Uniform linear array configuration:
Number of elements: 4
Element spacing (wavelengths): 0.5
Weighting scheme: kaiser
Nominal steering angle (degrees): -45
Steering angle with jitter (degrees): -45.679
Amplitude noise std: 0.05
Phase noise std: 0.05

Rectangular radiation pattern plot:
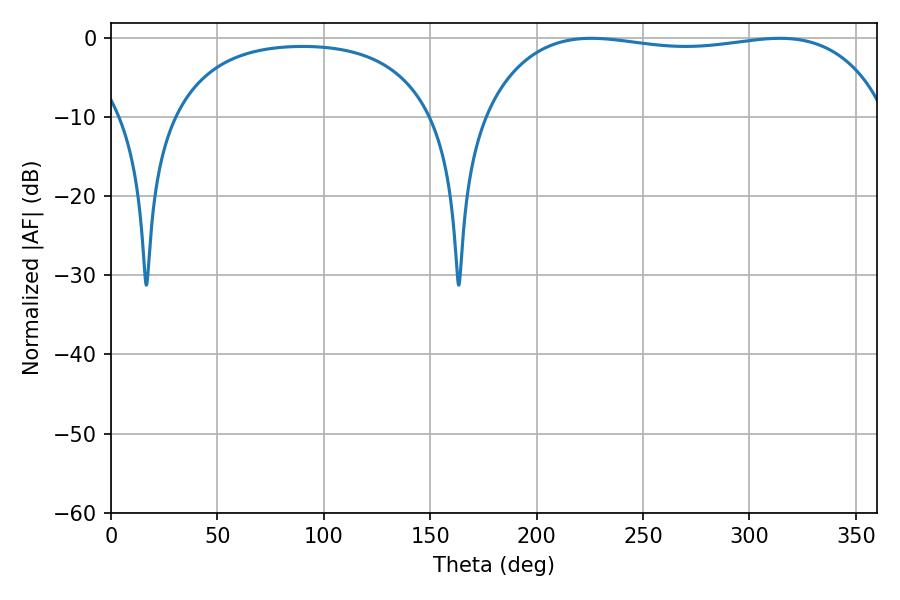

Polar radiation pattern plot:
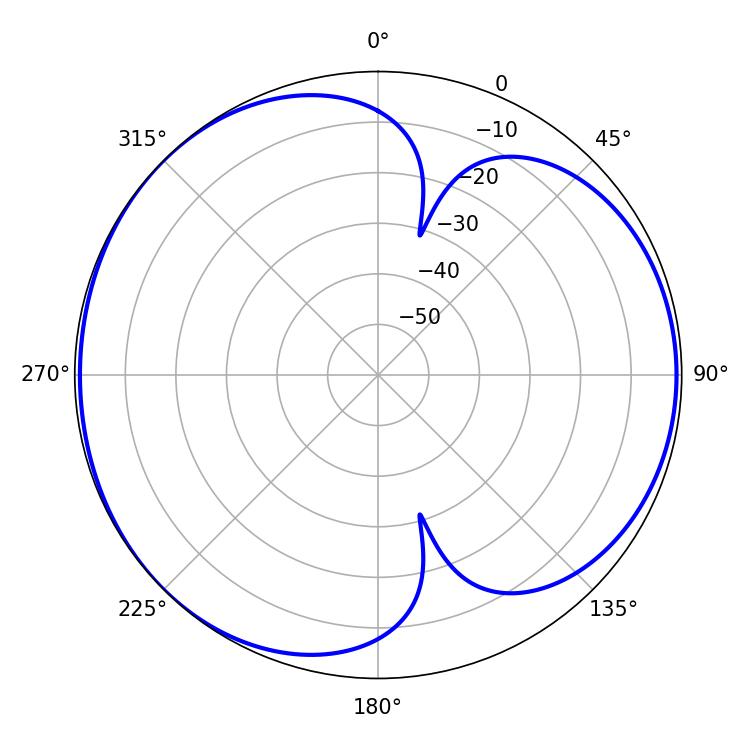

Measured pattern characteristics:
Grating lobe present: FALSE
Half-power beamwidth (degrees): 151.92
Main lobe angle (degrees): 225.72